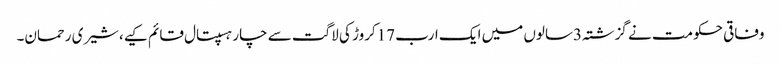
وفاقی حکومت نے گزشتہ3سالوں میں ایک ارب 17کروڑ کی لاگت سے چار ہسپتال قائم کیے،شیری رحمان۔